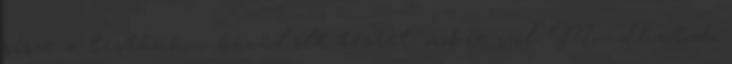
része a testünkön kívül ölt testet, örökre szól. Mondhatod,